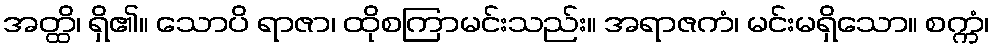
အတ္ထိ၊ ရှိ၏။ သောပိ ရာဇာ၊ ထိုစကြာမင်းသည်း။ အရာဇကံ၊ မင်းမရှိသော။ စက္ကံ၊